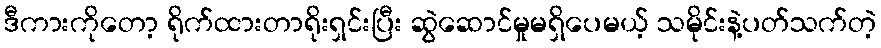
ဒီကားကိုတော့ ရိုက်ထားတာရိုးရှင်းပြီး ဆွဲဆောင်မှုမရှိပေမယ့် သမိုင်းနဲ့ပတ်သက်တဲ့